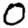
Digit: 0